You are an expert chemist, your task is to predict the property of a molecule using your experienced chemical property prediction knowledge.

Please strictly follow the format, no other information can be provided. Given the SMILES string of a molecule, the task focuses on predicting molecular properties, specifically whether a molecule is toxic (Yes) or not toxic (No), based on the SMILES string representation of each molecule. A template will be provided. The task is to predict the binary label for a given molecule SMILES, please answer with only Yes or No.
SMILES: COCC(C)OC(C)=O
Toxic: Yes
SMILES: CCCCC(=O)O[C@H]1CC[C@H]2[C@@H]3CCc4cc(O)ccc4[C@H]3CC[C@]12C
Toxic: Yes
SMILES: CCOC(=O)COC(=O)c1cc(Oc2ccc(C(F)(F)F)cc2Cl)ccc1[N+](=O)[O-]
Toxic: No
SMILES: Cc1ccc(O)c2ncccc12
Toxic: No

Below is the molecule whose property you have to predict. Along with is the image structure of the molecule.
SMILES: CC/C=C\C#N
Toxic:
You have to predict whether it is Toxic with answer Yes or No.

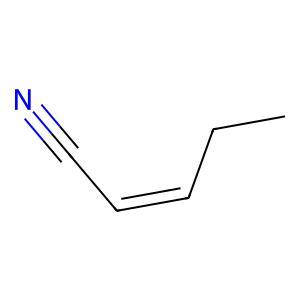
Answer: No